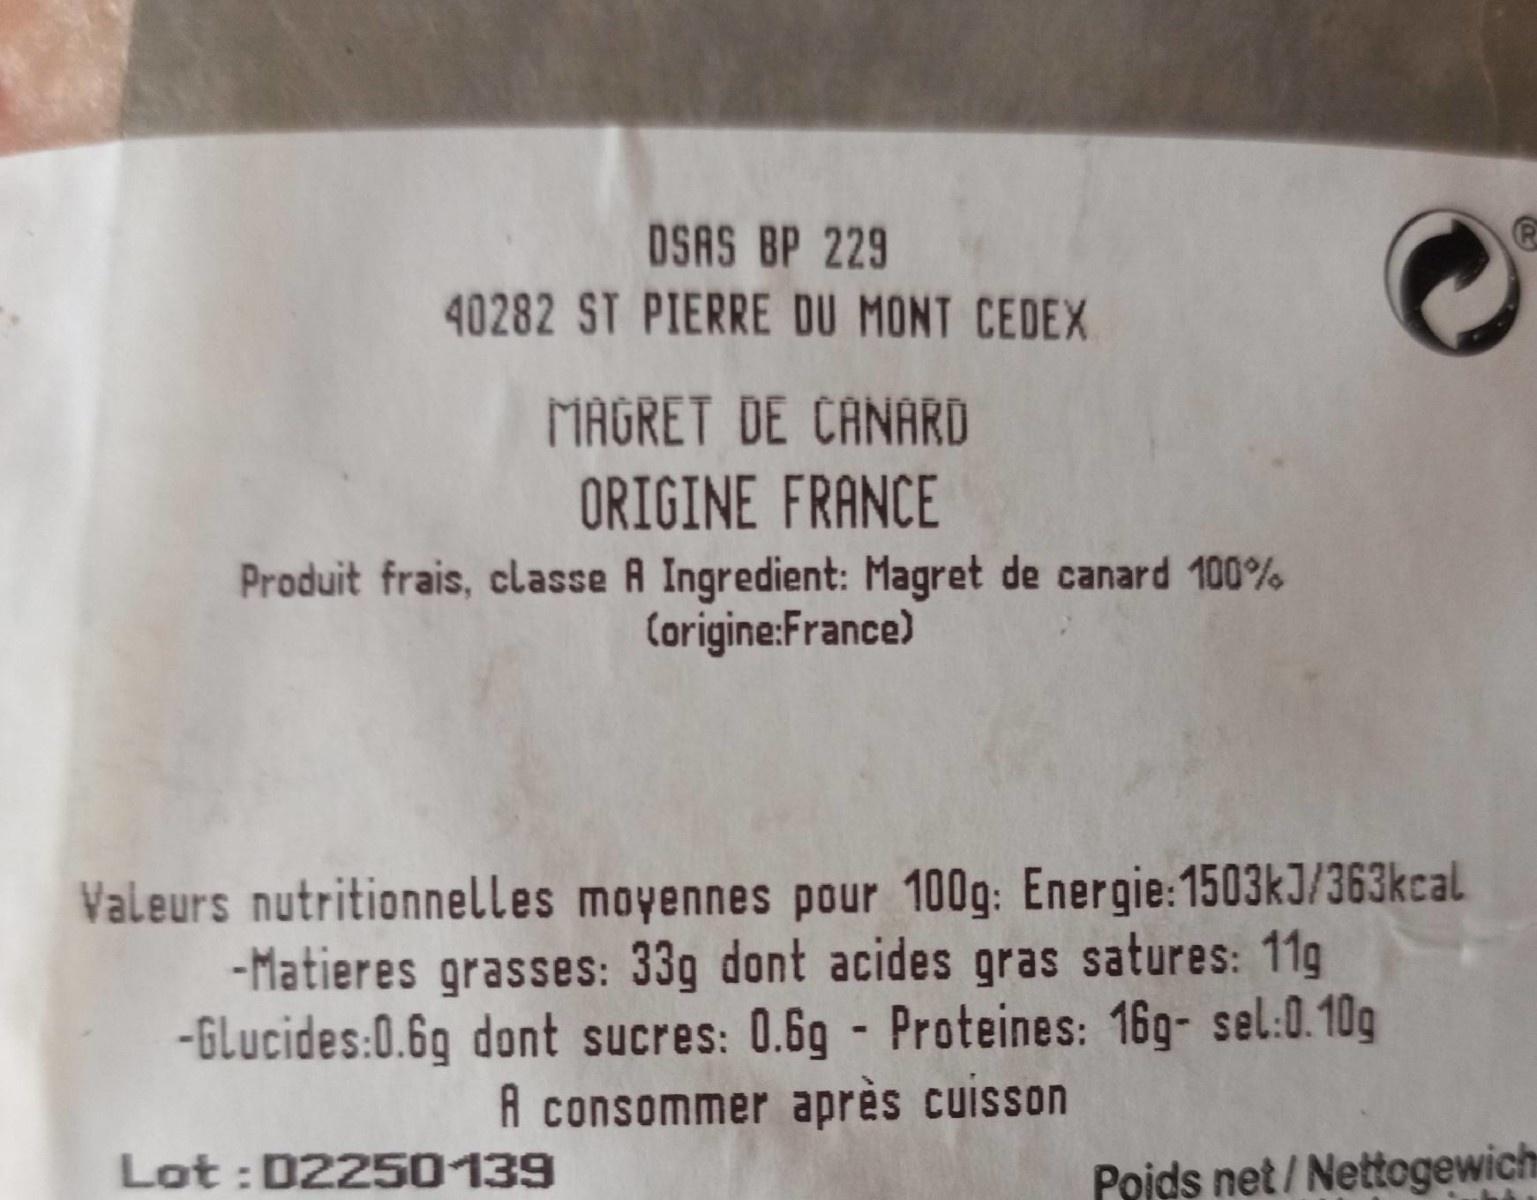
DSAS BP 229
40282 ST PIERRE DU MONT CEDEX
MAGRET DE CANARD
ORIGINE FRANCE
Produit frais, classe A Ingredient: Magret de canard 100% Corigine:France)
Valeurs nutritionnelles moyennes pour 100g: Energie:1503kJ/363kcal -Matieres grasses: 33g dont acides gras satures: 11g -Glucides:0.6g dont sucres: 0.6g - Proteines: 16g- sel:0. 10g A consommer après cuisson
Lot : D2250139
Poids net / Nettogewich